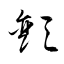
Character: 顫